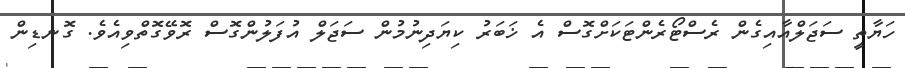
ހަޔާތީ ސަޖަލްއާއިގެން ރެސްޓޯރެންޓަކަށްގޮސް އެ ޚަބަރު ކިޔަދިނުމުން ސަޖަލް އުފަލުންގޮސް ރޮވޭގޮތްވިއެވެ. ގޮނޑިން